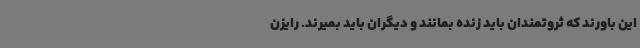
این باورند که ثروتمندان باید زنده بمانند و دیگران باید بمیرند. رایزن